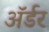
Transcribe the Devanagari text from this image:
ॲर्डर